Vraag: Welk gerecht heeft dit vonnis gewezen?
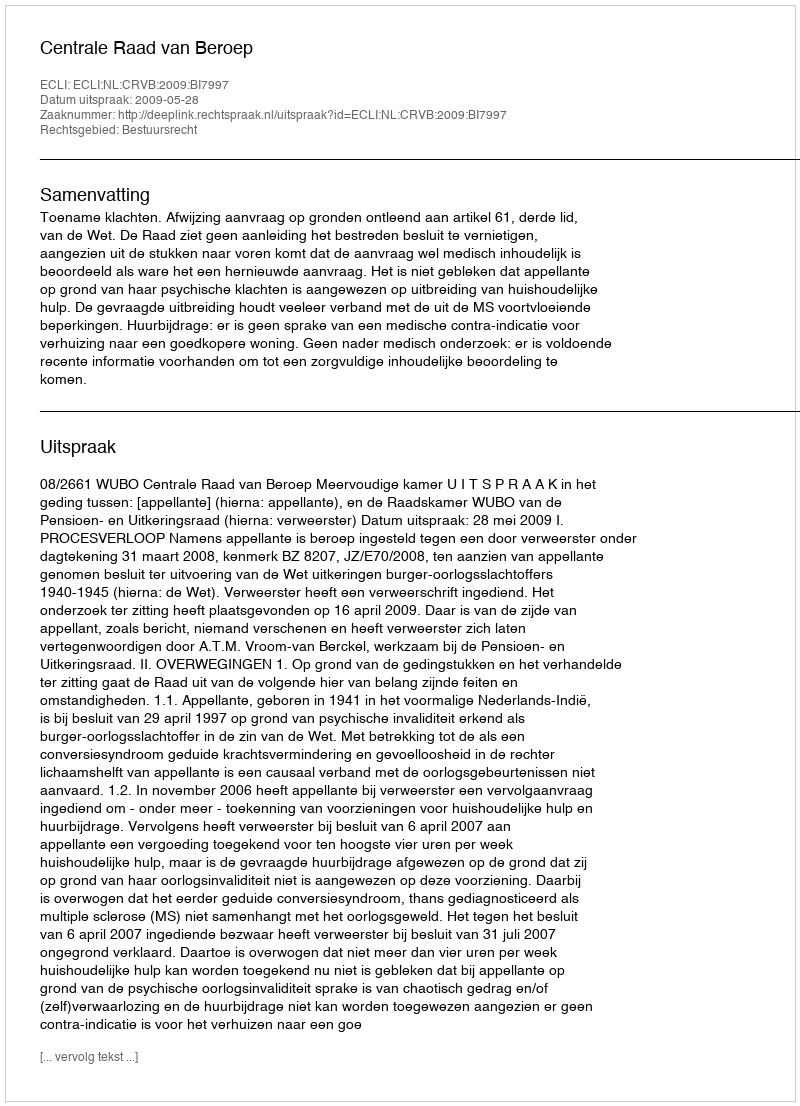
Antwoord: Centrale Raad van Beroep